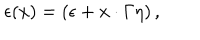
LaTeX: \epsilon ( x ) = ( \epsilon + x \cdot \Gamma \eta ) \, ,